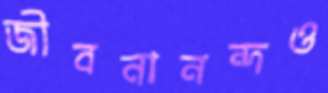
জীবনানন্দও